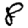
Digit: 8